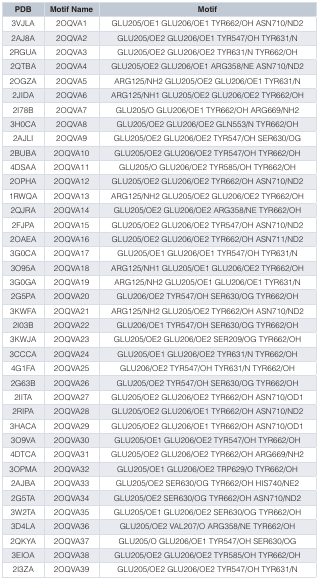
<table><thead><tr><td><b>PDB</b></td><td><b>Motif Name</b></td><td><b>Motif</b></td></tr></thead><tbody><tr><td>3VJLA</td><td>2OQVA1</td><td>GLU205/OE1 GLU206/OE1 TYR662/OH ASN710/ND2</td></tr><tr><td>2AJ8A</td><td>2OQVA2</td><td>GLU205/OE2 GLU206/OE1 TYR547/OH TYR631/N</td></tr><tr><td>2RGUA</td><td>2OQVA3</td><td>GLU205/OE2 GLU206/OE2 TYR631/N TYR662/OH</td></tr><tr><td>2QTBA</td><td>2OQVA4</td><td>GLU205/OE2 GLU206/OE1 ARG358/NE ASN710/ND2</td></tr><tr><td>2OGZA</td><td>2OQVA5</td><td>ARG125/NH2 GLU205/OE2 GLU206/OE1 TYR631/N</td></tr><tr><td>2JIDA</td><td>2OQVA6</td><td>ARG125/NH1 GLU205/OE2 GLU206/OE2 TYR662/OH</td></tr><tr><td>2I78B</td><td>2OQVA7</td><td>GLU205/O GLU206/OE1 TYR662/OH ARG669/NH2</td></tr><tr><td>3H0CA</td><td>2OQVA8</td><td>GLU205/OE2 GLU206/OE2 GLN553/N TYR662/OH</td></tr><tr><td>2AJLI</td><td>2OQVA9</td><td>GLU205/OE2 GLU206/OE2 TYR547/OH SER630/OG</td></tr><tr><td>2BUBA</td><td>2OQVA10</td><td>GLU205/OE2 GLU206/OE2 TYR547/OH TYR662/OH</td></tr><tr><td>4DSAA</td><td>2OQVA11</td><td>GLU205/O GLU206/OE2 TYR585/OH TYR662/OH</td></tr><tr><td>2OPHA</td><td>2OQVA12</td><td>GLU205/OE2 GLU206/OE2 TYR662/OH ASN710/ND2</td></tr><tr><td>1RWQA</td><td>2OQVA13</td><td>ARG125/NH2 GLU205/OE2 GLU206/OE2 TYR662/OH</td></tr><tr><td>2QJRA</td><td>2OQVA14</td><td>GLU205/OE2 GLU206/OE2 ARG358/NE TYR662/OH</td></tr><tr><td>2FJPA</td><td>2OQVA15</td><td>GLU205/OE2 GLU206/OE2 TYR547/OH ASN710/ND2</td></tr><tr><td>2OAEA</td><td>2OQVA16</td><td>GLU205/OE2 GLU206/OE2 TYR662/OH ASN711/ND2</td></tr><tr><td>3G0CA</td><td>2OQVA17</td><td>GLU205/OE1 GLU206/OE1 TYR547/OH TYR631/N</td></tr><tr><td>3O95A</td><td>2OQVA18</td><td>ARG125/NH1 GLU205/OE1 GLU206/OE2 TYR662/OH</td></tr><tr><td>3G0GA</td><td>2OQVA19</td><td>ARG125/NH2 GLU205/OE1 GLU206/OE1 TYR631/N</td></tr><tr><td>2G5PA</td><td>2OQVA20</td><td>GLU206/OE2 TYR547/OH SER630/OG TYR662/OH</td></tr><tr><td>3KWFA</td><td>2OQVA21</td><td>ARG125/NH2 GLU205/OE2 TYR662/OH ASN710/ND2</td></tr><tr><td>2I03B</td><td>2OQVA22</td><td>GLU206/OE1 TYR547/OH SER630/OG TYR662/OH</td></tr><tr><td>3KWJA</td><td>2OQVA23</td><td>GLU205/OE2 GLU206/OE2 SER209/OG TYR662/OH</td></tr><tr><td>3CCCA</td><td>2OQVA24</td><td>GLU205/OE1 GLU206/OE2 TYR631/N TYR662/OH</td></tr><tr><td>4G1FA</td><td>2OQVA25</td><td>GLU206/OE2 TYR547/OH TYR631/N TYR662/OH</td></tr><tr><td>2G63B</td><td>2OQVA26</td><td>GLU205/OE2 TYR547/OH SER630/OG TYR662/OH</td></tr><tr><td>2IITA</td><td>2OQVA27</td><td>GLU205/OE2 GLU206/OE2 TYR662/OH ASN710/OD1</td></tr><tr><td>2RIPA</td><td>2OQVA28</td><td>GLU205/OE2 GLU206/OE1 TYR662/OH ASN710/ND2</td></tr><tr><td>3HACA</td><td>2OQVA29</td><td>GLU205/OE2 GLU206/OE1 TYR662/OH ASN710/OD1</td></tr><tr><td>3O9VA</td><td>2OQVA30</td><td>GLU205/OE1 GLU206/OE2 TYR547/OH TYR662/OH</td></tr><tr><td>4DTCA</td><td>2OQVA31</td><td>GLU205/OE2 GLU206/OE2 TYR662/OH ARG669/NH2</td></tr><tr><td>3OPMA</td><td>2OQVA32</td><td>GLU205/OE1 GLU206/OE2 TRP629/O TYR662/OH</td></tr><tr><td>2AJBA</td><td>2OQVA33</td><td>GLU205/OE2 SER630/OG TYR662/OH HIS740/NE2</td></tr><tr><td>2G5TA</td><td>2OQVA34</td><td>GLU205/OE2 SER630/OG TYR662/OH ASN710/ND2</td></tr><tr><td>3W2TA</td><td>2OQVA35</td><td>GLU205/OE1 GLU206/OE2 SER630/OG TYR662/OH</td></tr><tr><td>3D4LA</td><td>2OQVA36</td><td>GLU205/OE2 VAL207/O ARG358/NE TYR662/OH</td></tr><tr><td>2QKYA</td><td>2OQVA37</td><td>GLU205/O GLU206/OE1 TYR547/OH SER630/OG</td></tr><tr><td>3EIOA</td><td>2OQVA38</td><td>GLU205/OE2 GLU206/OE2 TYR585/OH TYR662/OH</td></tr><tr><td>2I3ZA</td><td>2OQVA39</td><td>GLU205/OE2 GLU206/OE2 TYR547/OH TYR631/N</td></tr></tbody></table>